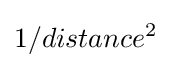
1/distance^{2}